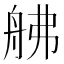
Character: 𦨡